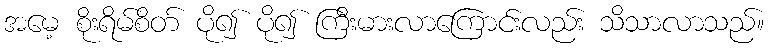
အမေ့ စိုးရိမ်စိတ် ပို၍ ပို၍ ကြီးမားလာကြောင်းလည်း သိသာလာသည်။